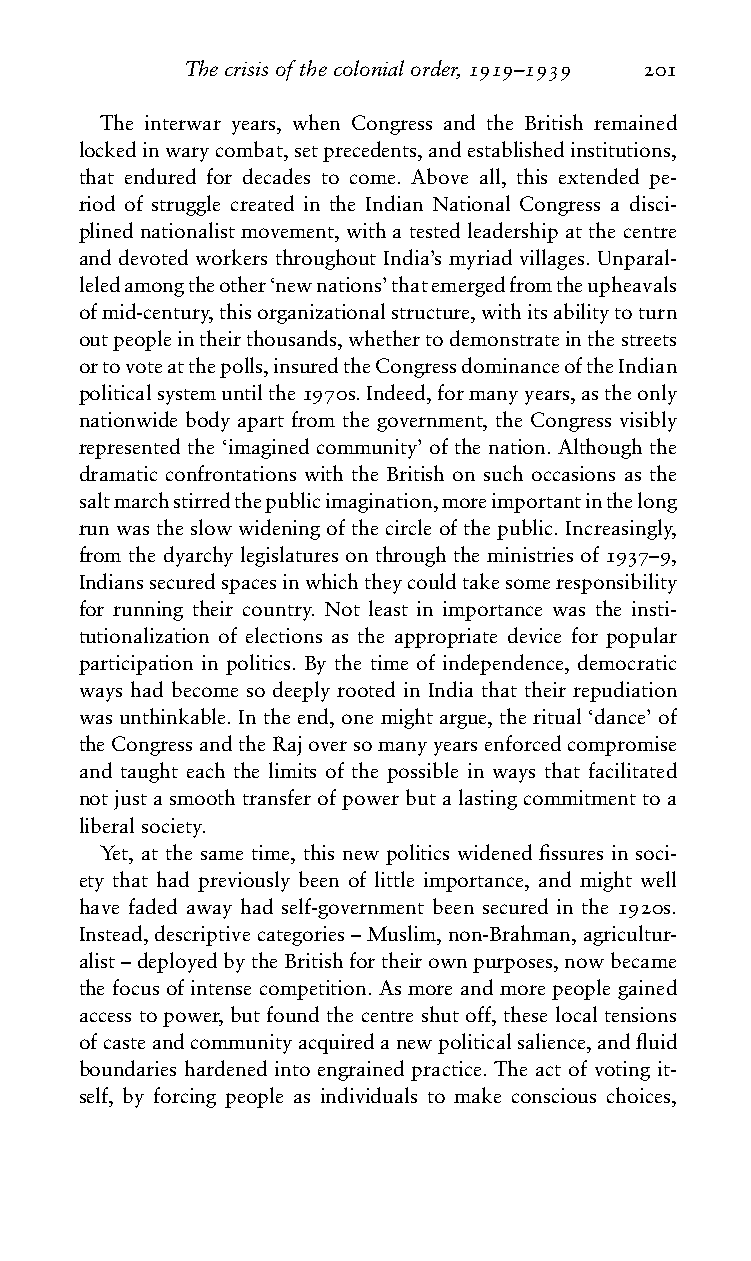
Thecrisisofthecolonialorder,1919–1939 201
 The interwar years, when Congress and the British remained
 lockedinwarycombat,setprecedents,andestablishedinstitutions,
 that endured for decades to come. Above all, this extended pe-
 riod of struggle created in the Indian National Congress a disci-
 plinednationalistmovement,withatestedleadershipatthecentre
 and devoted workers throughout India’s myriad villages. Unparal-
 leledamongtheother‘newnations’thatemergedfromtheupheavals
 ofmid-century,thisorganizationalstructure,withitsabilitytoturn
 outpeopleintheirthousands,whethertodemonstrateinthestreets
 ortovoteatthepolls,insuredtheCongressdominanceoftheIndian
 politicalsystemuntilthe1970s.Indeed,formanyyears,astheonly
 nationwide body apart from the government, the Congress visibly
 represented the ‘imagined community’ of the nation. Although the
 dramatic confrontations with the British on such occasions as the
 saltmarchstirredthepublicimagination,moreimportantinthelong
 run was the slow widening of the circle of the public. Increasingly,
 from the dyarchy legislatures on through the ministries of 1937–9,
 Indianssecuredspacesinwhichtheycouldtakesomeresponsibility
 for running their country. Not least in importance was the insti-
 tutionalization of elections as the appropriate device for popular
 participation in politics. By the time of independence, democratic
 ways had become so deeply rooted in India that their repudiation
 wasunthinkable.Intheend,onemightargue,theritual‘dance’of
 theCongressandtheRajoversomanyyearsenforcedcompromise
 and taught each the limits of the possible in ways that facilitated
 notjustasmoothtransferofpowerbutalastingcommitmenttoa
 liberalsociety.
 Yet, at the same time, this new politics widened fissures in soci-
 ety that had previously been of little importance, and might well
 have faded away had self-government been secured in the 1920s.
 Instead,descriptivecategories–Muslim,non-Brahman,agricultur-
 alist–deployedbytheBritishfortheirownpurposes,nowbecame
 the focus of intense competition. As more and more people gained
 access to power, but found the centre shut off, these local tensions
 ofcasteandcommunityacquiredanewpoliticalsalience,andfluid
 boundaries hardened into engrained practice. The act of voting it-
 self, by forcing people as individuals to make conscious choices,